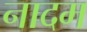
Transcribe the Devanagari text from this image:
नादम